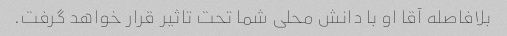
بلافاصله آقا او با دانش محلی شما تحت تاثیر قرار خواهد گرفت.